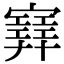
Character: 𡫳